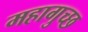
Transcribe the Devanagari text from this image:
महागुच्छ